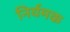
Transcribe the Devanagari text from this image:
निर्यमक